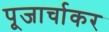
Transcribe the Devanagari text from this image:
पूजार्चाकर